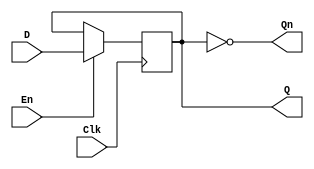
module edge_triggered_gated_latch (
    input wire D,        // Data Input
    input wire Clk,      // Clock
    input wire En,       // Enable
    output reg Q,        // Output
    output wire Qn       // Complementary Output
);

    // Assign the complementary output Qn
    assign Qn = ~Q;

    // Process that captures the input on the rising edge of the clock
    always @(posedge Clk) begin
        if (En) begin
            Q <= D;  // Capture Data Input if Enable is high
        end
        // If En is low, retain the previous state of Q
    end

endmodule